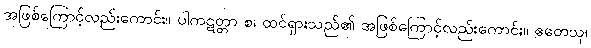
အဖြစ်ကြောင့်လည်းကောင်း။ ပါကဋတ္တာ စ၊ ထင်ရှားသည်၏ အဖြစ်ကြောင့်လည်းကောင်း။ ဧတေသု၊